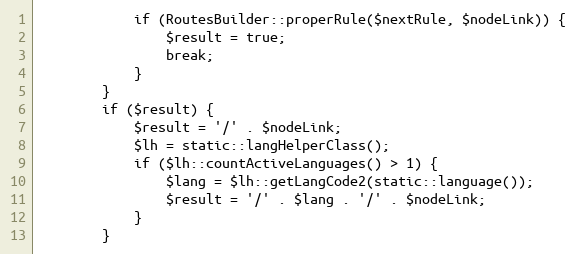
Language: PHP
            if (RoutesBuilder::properRule($nextRule, $nodeLink)) {
                $result = true;
                break;
            }
        }
        if ($result) {
            $result = '/' . $nodeLink;
            $lh = static::langHelperClass();
            if ($lh::countActiveLanguages() > 1) {
                $lang = $lh::getLangCode2(static::language());
                $result = '/' . $lang . '/' . $nodeLink;
            }
        }